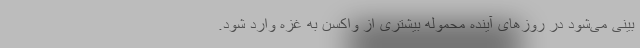
بینی می‌شود در روزهای آینده محموله بیشتری از واکسن به غزه وارد شود.